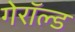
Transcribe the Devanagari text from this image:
गेरॉल्ड